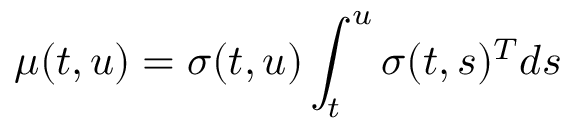
\mu ( t , u ) = { \boldsymbol { \sigma } } ( t , u ) \int _ { t } ^ { u } { \boldsymbol { \sigma } } ( t , s ) ^ { T } d s